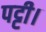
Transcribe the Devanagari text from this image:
पट्टी।